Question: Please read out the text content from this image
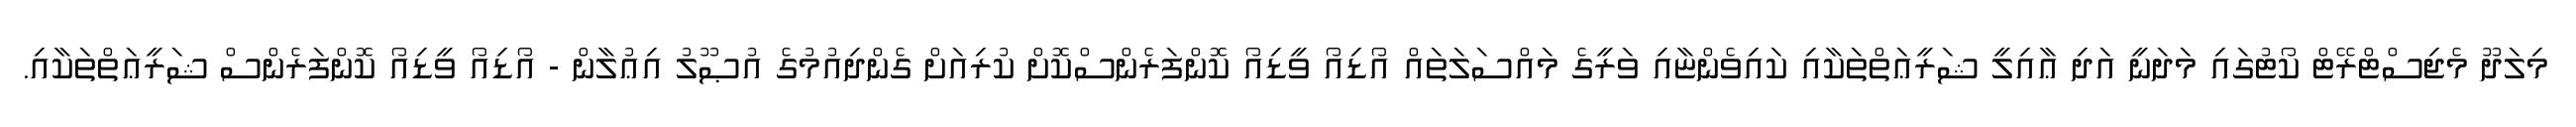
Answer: މިލަދޫ މެޖިސްޓްރޭޓް ކޯޓުގައި މަދަނީ އަދި ޢާއިލީ ޝަރީޢަތްތަކާއި ކައިވެންޏާއި ވަރީގެ މައްސަލަތައް އޯޑިއޯ ވީޑިއޯ ކޮންފަރެންސްކޮށް ކުރިއަށް ގެންދިއުމުގެ އުޞޫލު އިޢުލާން - އޯޑިއޯ ވީޑިއޯ ކޮންފަރެންސް ޝަރީޢަތްތަކާއި.